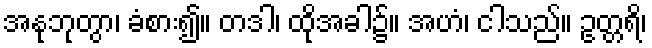
အနုဘုတွာ၊ ခံစား၍။ တဒါ၊ ထိုအခါ၌။ အဟံ၊ ငါသည်။ ဥတ္တရိ၊